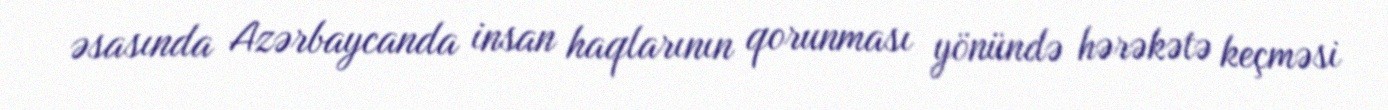
əsasında Azərbaycanda insan haqlarının qorunması yönündə hərəkətə keçməsi